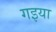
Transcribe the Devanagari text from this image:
गइया